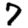
Digit: 7